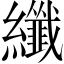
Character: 纖